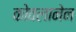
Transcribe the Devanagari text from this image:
कोवलानेन